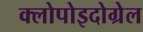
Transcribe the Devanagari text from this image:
क्लोपोइदोग्रेल